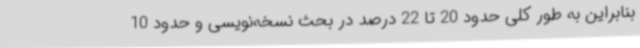
بنابراین به طور کلی حدود 20 تا 22 درصد در بحث نسخه‌نویسی و حدود 10